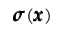
{ \pmb \sigma } ( { \pmb x } )